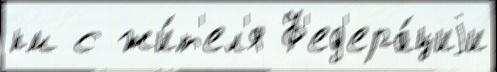
км с жи́т'ел'я Ф'ед'ера́циjи